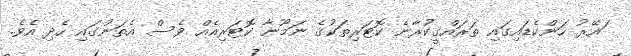
ައޭރު ހަންކެޑައިގައި ތަރައްގީކުރާނެ ކޮޓަރިތަކުގެ ނަމޫނާ ކޮޓަރިއެއް ވެސް އެތަނުގައި ހެދި އެވެ.